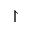
\upharpoonright